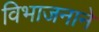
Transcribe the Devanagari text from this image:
विभाजनाने